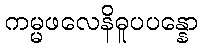
ကမ္မဖလေနိဓူပပန္နော